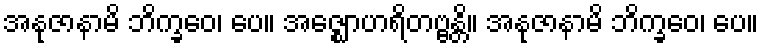
အနုဇာနာမိ ဘိက္ခဝေ၊ ပေ။ အဇ္ဈောဟရိတဗ္ဗန္တိ။ အနုဇာနာမိ ဘိက္ခဝေ၊ ပေ။